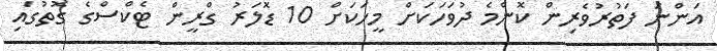
އަންނަ ފަތުރުވެރިން ކޮންމެ ދުވަހަކަށް މީހަކަށް 10 ޑޮލަރު ގްރީން ޓެކްސްގެ ގޮތުގައި